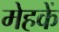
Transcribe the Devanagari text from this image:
मेहकें